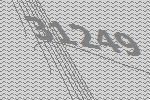
31249